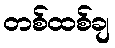
တစ်ထစ်ချ